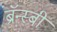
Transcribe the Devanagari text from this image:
ब्रॅन्स्बी